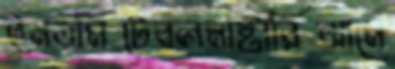
ইনডমিটেবলমাষ্টারিঝামে